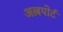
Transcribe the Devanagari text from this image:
अल्लपोर्ट